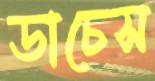
ডাচেস